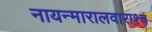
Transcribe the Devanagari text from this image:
नायन्मारालवाराश्च